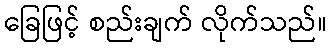
ခြေဖြင့် စည်းချက် လိုက်သည်။